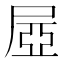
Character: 𡱻